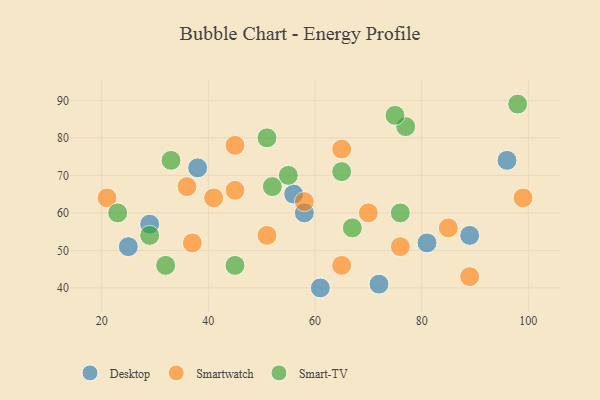
{"axis": {"x": "GDP", "y": "Life Expectancy"}, "legend": ["Desktop", "Smart-TV", "Smartwatch"], "data": [{"x": "29", "y": 57, "type": "Desktop"}, {"x": "81", "y": 52, "type": "Desktop"}, {"x": "38", "y": 72, "type": "Desktop"}, {"x": "58", "y": 60, "type": "Desktop"}, {"x": "61", "y": 40, "type": "Desktop"}, {"x": "89", "y": 54, "type": "Desktop"}, {"x": "96", "y": 74, "type": "Desktop"}, {"x": "56", "y": 65, "type": "Desktop"}, {"x": "25", "y": 51, "type": "Desktop"}, {"x": "72", "y": 41, "type": "Desktop"}, {"x": "65", "y": 46, "type": "Smartwatch"}, {"x": "65", "y": 77, "type": "Smartwatch"}, {"x": "51", "y": 54, "type": "Smartwatch"}, {"x": "21", "y": 64, "type": "Smartwatch"}, {"x": "37", "y": 52, "type": "Smartwatch"}, {"x": "36", "y": 67, "type": "Smartwatch"}, {"x": "76", "y": 51, "type": "Smartwatch"}, {"x": "85", "y": 56, "type": "Smartwatch"}, {"x": "99", "y": 64, "type": "Smartwatch"}, {"x": "70", "y": 60, "type": "Smartwatch"}, {"x": "89", "y": 43, "type": "Smartwatch"}, {"x": "45", "y": 78, "type": "Smartwatch"}, {"x": "58", "y": 63, "type": "Smartwatch"}, {"x": "45", "y": 66, "type": "Smartwatch"}, {"x": "41", "y": 64, "type": "Smartwatch"}, {"x": "32", "y": 46, "type": "Smart-TV"}, {"x": "51", "y": 80, "type": "Smart-TV"}, {"x": "98", "y": 89, "type": "Smart-TV"}, {"x": "29", "y": 54, "type": "Smart-TV"}, {"x": "52", "y": 67, "type": "Smart-TV"}, {"x": "77", "y": 83, "type": "Smart-TV"}, {"x": "67", "y": 56, "type": "Smart-TV"}, {"x": "75", "y": 86, "type": "Smart-TV"}, {"x": "76", "y": 60, "type": "Smart-TV"}, {"x": "65", "y": 71, "type": "Smart-TV"}, {"x": "23", "y": 60, "type": "Smart-TV"}, {"x": "55", "y": 70, "type": "Smart-TV"}, {"x": "33", "y": 74, "type": "Smart-TV"}, {"x": "45", "y": 46, "type": "Smart-TV"}]}